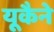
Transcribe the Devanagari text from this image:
यूकैने